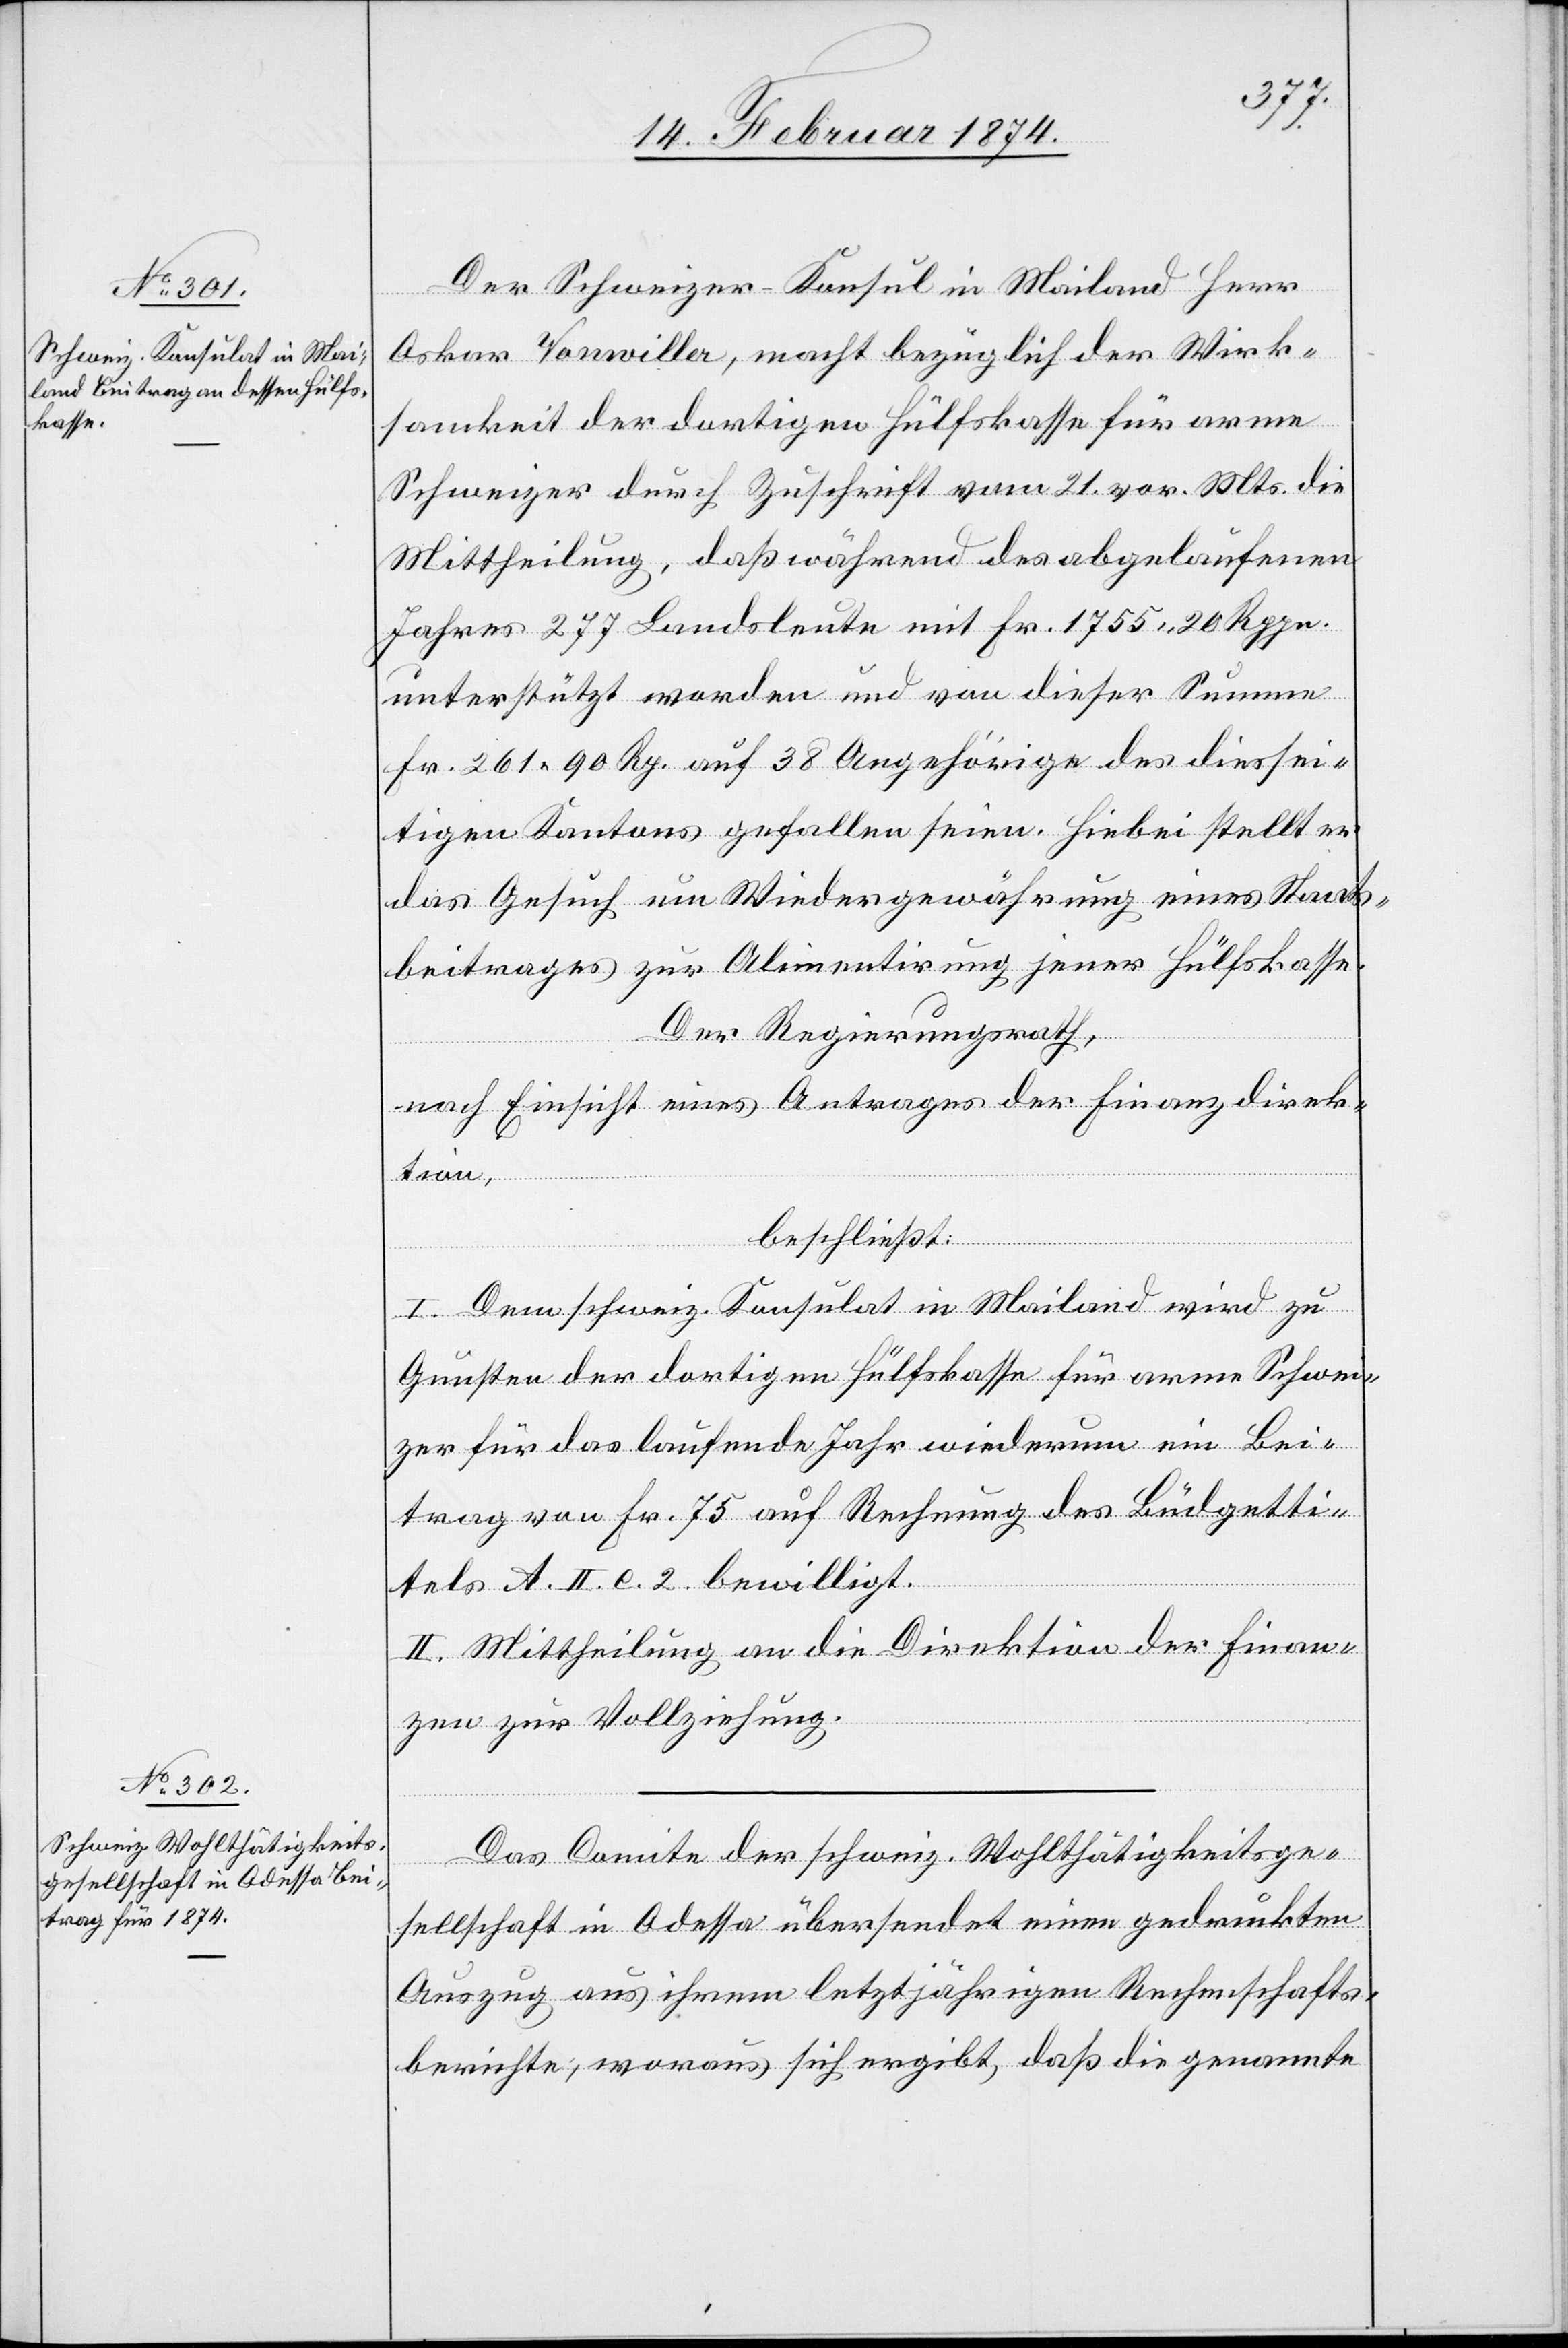
Der Schweizer-Konsul in Mailand Herr
Oskar Vorwilla, macht bezüglich der Wirk¬
samkeit der dortigen Hülfskasse für arme
Schweizer durch Zuschrift vom 21. vor. Mts. die
Mittheilung, daß während des abgelaufenen
Jahres 277 Landsleute mit Fr. 1755.20 Rppn.
unterstützt worden und von dieser Summe
Fr. 261.90 Rp. auf 38 Angehörige des diessei¬
tigen Kantons gefallen seien. Hiebei stellt er
das Gesuch um Wiedergewährung eines Staats¬
beitrages zur Alimentirung jener Hülfskasse.
Der Regierungsrath,
nach Einsicht eines Antrages der Finanzdirek¬
tion,
beschließt:
I. Dem schweiz. Konsulat in Mailand wird zu
Gunsten der dortigen Hülfskasse für arme Schwei¬
zer für das laufende Jahr wiederum ein Bei¬
trag von Fr. 75 auf Rechnung des Büdgetti¬
tels A. II. e. 2. bewilligt.
II. Mittheilung an die Direktion der Finan¬
zen zur Vollziehung.
Das Comite der schweiz. Wohltätigkeitsge¬
sellschaft in Odessa übersendet einen gedruckten
Auszug aus ihrem letztjährigen Rechenschafts¬
berichte, woraus sich ergibt, daß die genannte